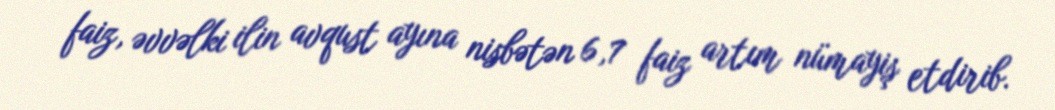
faiz, əvvəlki ilin avqust ayına nisbətən 6,7 faiz artım nümayiş etdirib.